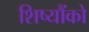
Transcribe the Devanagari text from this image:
शिष्यौंको